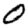
Digit: 0